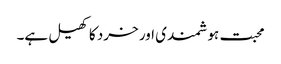
محبت ہوشمندی اور خرد کا کھیل ہے۔